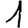
Digit: 1